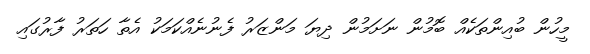
މީހުން ބުއިންތަކެއް ބޮމުން ނަށަމުން ދިޔަ މަންޒަރު ފެނުނެއްކަމަކު އެތާ ހަތަރު ފާރުގައި